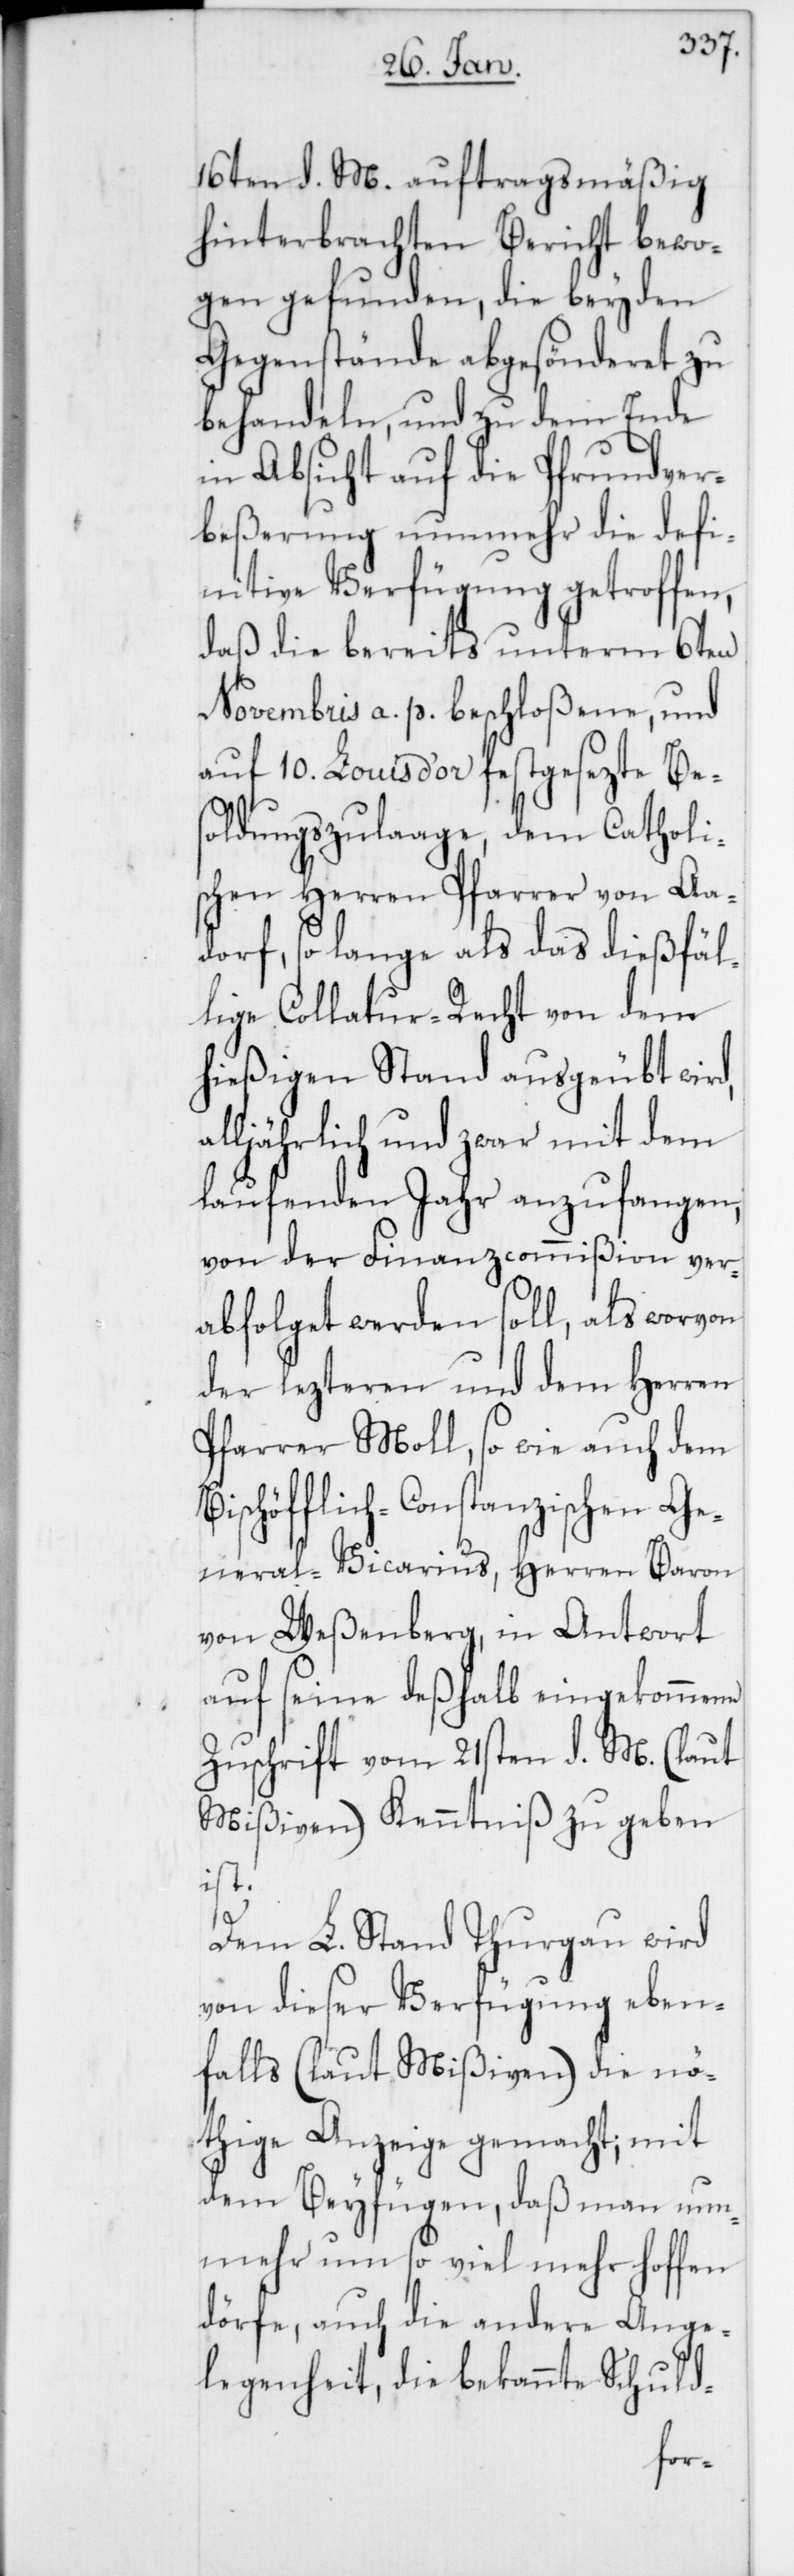
16ten d. M. auftragsmäßig
hinterbrachten Bericht bewo¬
gen gefunden, die beyden
Gegenstände abgesönderet zu
behandeln, und zu dem Ende
in Absicht auf die Pfrundver¬
beßerung nunmehr die defi¬
nitive Verfügung getroffen,
daß die bereits unterm 6ten
Novembris a. p. beschloßene, und
auf 10. Louis d’or festgesezte Bes¬
oldungszulaage, dem Catholi¬
schen Herren Pfarrer von Aa¬
dorf, so lange als das dießfäl¬
lige Collatur-Recht von dem
hießigen Stand ausgeübt wird,
alljährlich und zwar mit dem
laufenden Jahr anzufangen,
von der Finanzcommißion ver¬
abfolget werden soll, als worvon
der lezteren und dem Herren
Pfarrer Moll, so wie auch dem
schöfflich-Constanzischen Ge¬
neral-Vicarius, Herren Baron
von Weßenberg, in Antwort
auf seine deßhalb eingekommene
Zuschrift vom 21sten d. M. (laut
Mißiven) Kenntniß zu geben
ist.
Dem L. Stand Thurgau wird
von dieser Verfügung eben¬
falls (laut Mißiven) die nö¬
thige Anzeige gemacht; mit
dem Beyfügen, daß man nun¬
mehr um so viel mehr hoffen
dörfe, auch die andere Ange¬
legenheit, die bekannte Schuld-
Bi¬